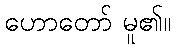
ဟောတော် မူ၏။